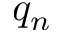
q _ { n }